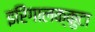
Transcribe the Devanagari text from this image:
इरिंगालक्कुटा